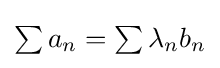
{\textstyle \sum a_{n}=\sum \lambda _{n}b_{n}}